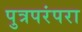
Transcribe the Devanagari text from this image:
पुत्रपरंपरा